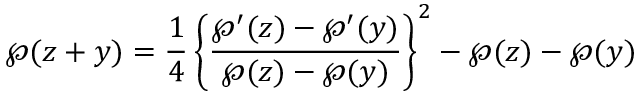
\wp ( z + y ) = { \frac { 1 } { 4 } } \left\{ { \frac { \wp ^ { \prime } ( z ) - \wp ^ { \prime } ( y ) } { \wp ( z ) - \wp ( y ) } } \right\} ^ { 2 } - \wp ( z ) - \wp ( y )